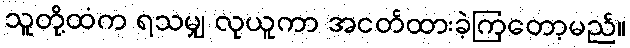
သူတို့ထံက ရသမျှ လုယူကာ အငတ်ထားခဲ့ကြတော့မည်။